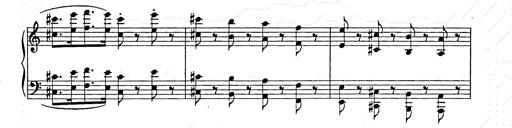
Title: Weihnachtsbaum
Composer: Franz Liszt